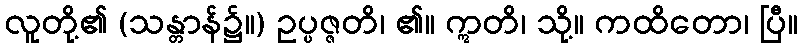
လူတို့၏ (သန္တာန်၌။) ဥပ္ပဇ္ဇတိ၊ ၏။ ဣတိ၊ သို့။ ကထိတော၊ ပြီ။